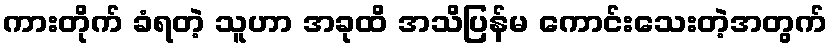
ကားတိုက် ခံရတဲ့ သူဟာ အခုထိ အသိပြန်မ ကောင်းသေးတဲ့အတွက်